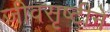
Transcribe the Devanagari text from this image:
जीवसृष्टीने